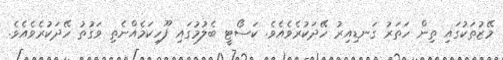
މޭޒުތަކުގައި ތިން ހަތަރު ގަނޑިއިރު ހޭދަކުރެވެއެވެ. ކަސޯޓީ ބެލުމުގައި ފޫހިކަމެއްނެތި ވަގުތު ހޭދަކުރެވެއެވެ.